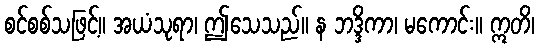
စင်စစ်သဖြင့်။ အယံသုရာ၊ ဤသေသည်။ န ဘဒ္ဒိကာ၊ မကောင်း။ ဣတိ၊